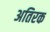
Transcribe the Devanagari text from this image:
अतिरक